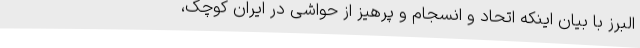
البرز با بیان اینکه اتحاد و انسجام و پرهیز از حواشی در ایران کوچک،